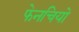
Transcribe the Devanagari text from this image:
फेनचियो